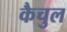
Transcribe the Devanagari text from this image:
कैचुल